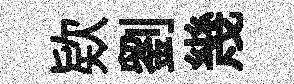
欵劉幾